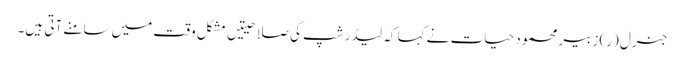
جنرل (ر) زبیر محمود حیات نے کہا کہ لیڈر شپ کی صلاحیتیں مشکل وقت میں سامنے آتی ہیں۔